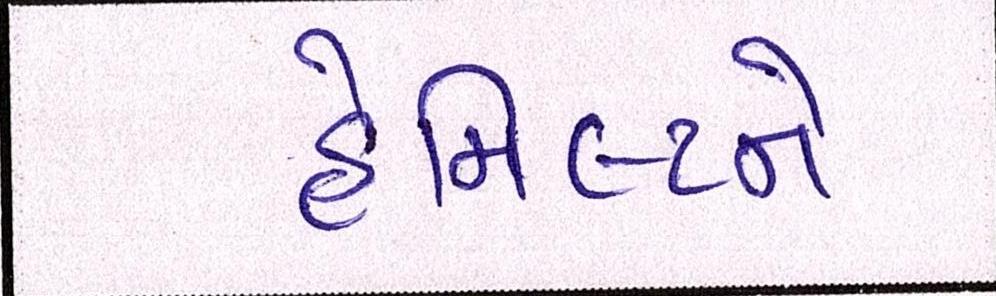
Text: હેમિલ્ટને